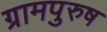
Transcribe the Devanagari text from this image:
ग्रामपुरुष